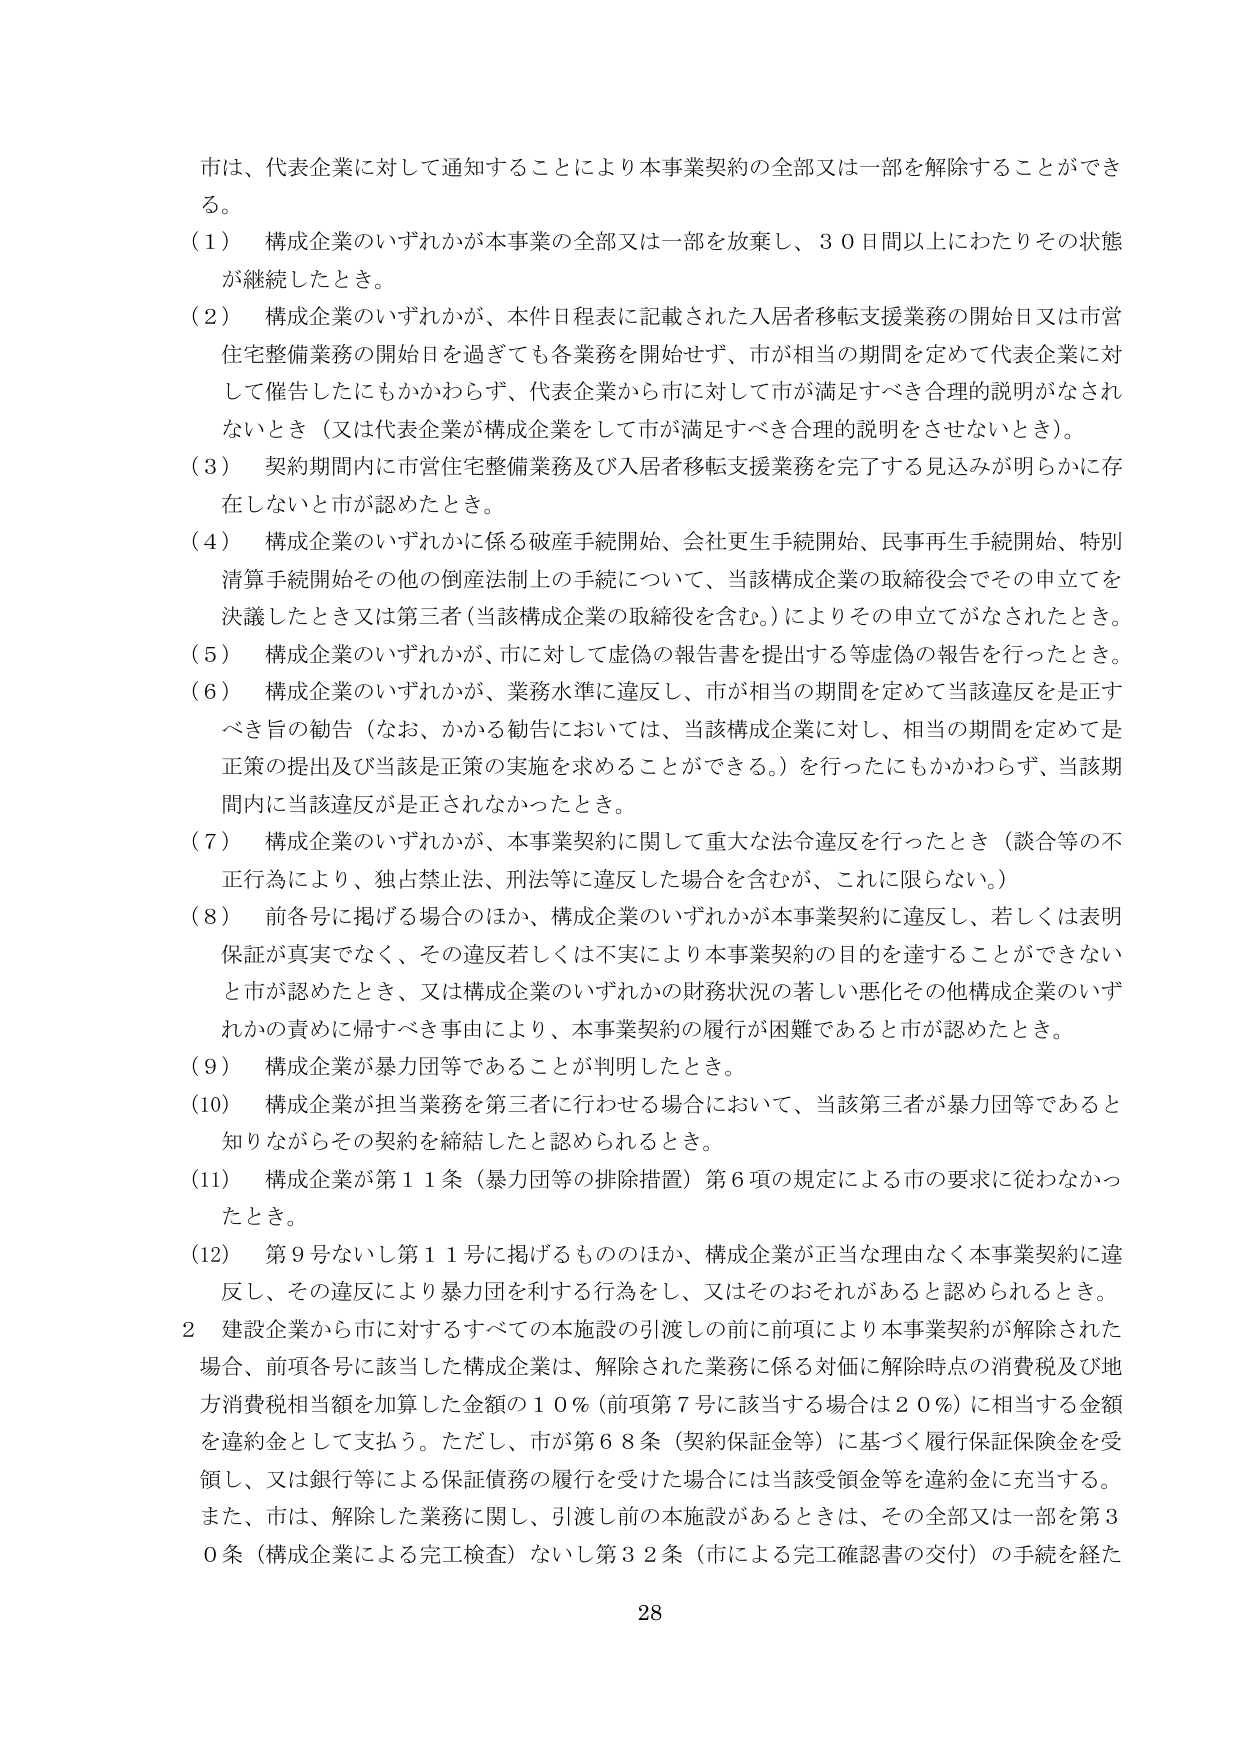
市は、代表企業に対して通知することにより本事業契約の全部又は一部を解除することができる。

（1） 構成企業のいずれかが本事業の全部又は一部を放棄し、30日間以上にわたりその状態が継続したとき。

（2） 構成企業のいずれかが、本件日程表に記載された入居者移転支援業務の開始日又は市営住宅整備業務の開始日を過ぎても各業務を開始せず、市が相当の期間を定めて代表企業に対して催告したにもかかわらず、代表企業から市に対して市が満足すべき合理的説明がなされないとき（又は代表企業が構成企業をして市が満足すべき合理的説明をさせないとき）。

（3） 契約期間内に市営住宅整備業務及び入居者移転支援業務を完了する見込みが明らかに存在しないと市が認めたとき。

（4） 構成企業のいずれかに係る破産手続開始、会社更生手続開始、民事再生手続開始、特別清算手続開始その他の倒産法制上の手続について、当該構成企業の取締役会でその申立てを決議したとき又は第三者（当該構成企業の取締役を含む。）によりその申立てがなされたとき。

（5） 構成企業のいずれかが、市に対して虚偽の報告書を提出する等虚偽の報告を行ったとき。

（6） 構成企業のいずれかが、業務水準に違反し、市が相当の期間を定めて当該違反を是正すべき旨の勧告（なお、かかる勧告においては、当該構成企業に対し、相当の期間を定めて是正策の提出及び当該是正策の実施を求めることができる。）を行ったにもかかわらず、当該期間内に当該違反が是正されなかったとき。

（7） 構成企業のいずれかが、本事業契約に関して重大な法令違反を行ったとき（談合等の不正行為により、独占禁止法、刑法等に違反した場合を含むが、これに限らない。）

（8） 前各号に掲げる場合のほか、構成企業のいずれかが本事業契約に違反し、若しくは表明保証が真実でなく、その違反若しくは不実により本事業契約の目的を達することができないと市が認めたとき、又は構成企業のいずれかの財務状況の著しい悪化その他構成企業のいずれかの責めに帰すべき事由により、本事業契約の履行が困難であると市が認めたとき。

（9） 構成企業が暴力団等であることが判明したとき。

（10） 構成企業が担当業務を第三者に行わせる場合において、当該第三者が暴力団等であると知りながらその契約を締結したと認められるとき。

（11） 構成企業が第11条（暴力団等の排除措置）第6項の規定による市の要求に従わなかったとき。

（12） 第9号ないし第11号に掲げるもののほか、構成企業が正当な理由なく本事業契約に違反し、その違反により暴力団を利する行為をし、又はそのおそれがあると認められるとき。

2 建設企業から市に対するすべての本施設の引渡しの前に前項により本事業契約が解除された場合、前項各号に該当した構成企業は、解除された業務に係る対価に解除時点の消費税及び地方消費税相当額を加算した金額の10％（前項第7号に該当する場合は20％）に相当する金額を違約金として支払う。ただし、市が第68条（契約保証金等）に基づく履行保証保険金を受領し、又は銀行等による保証債務の履行を受けた場合には当該受領金等を違約金に充当する。また、市は、解除した業務に関し、引渡し前の本施設があるときは、その全部又は一部を第30条（構成企業による完工検査）ないし第32条（市による完工確認書の交付）の手続を経た

28